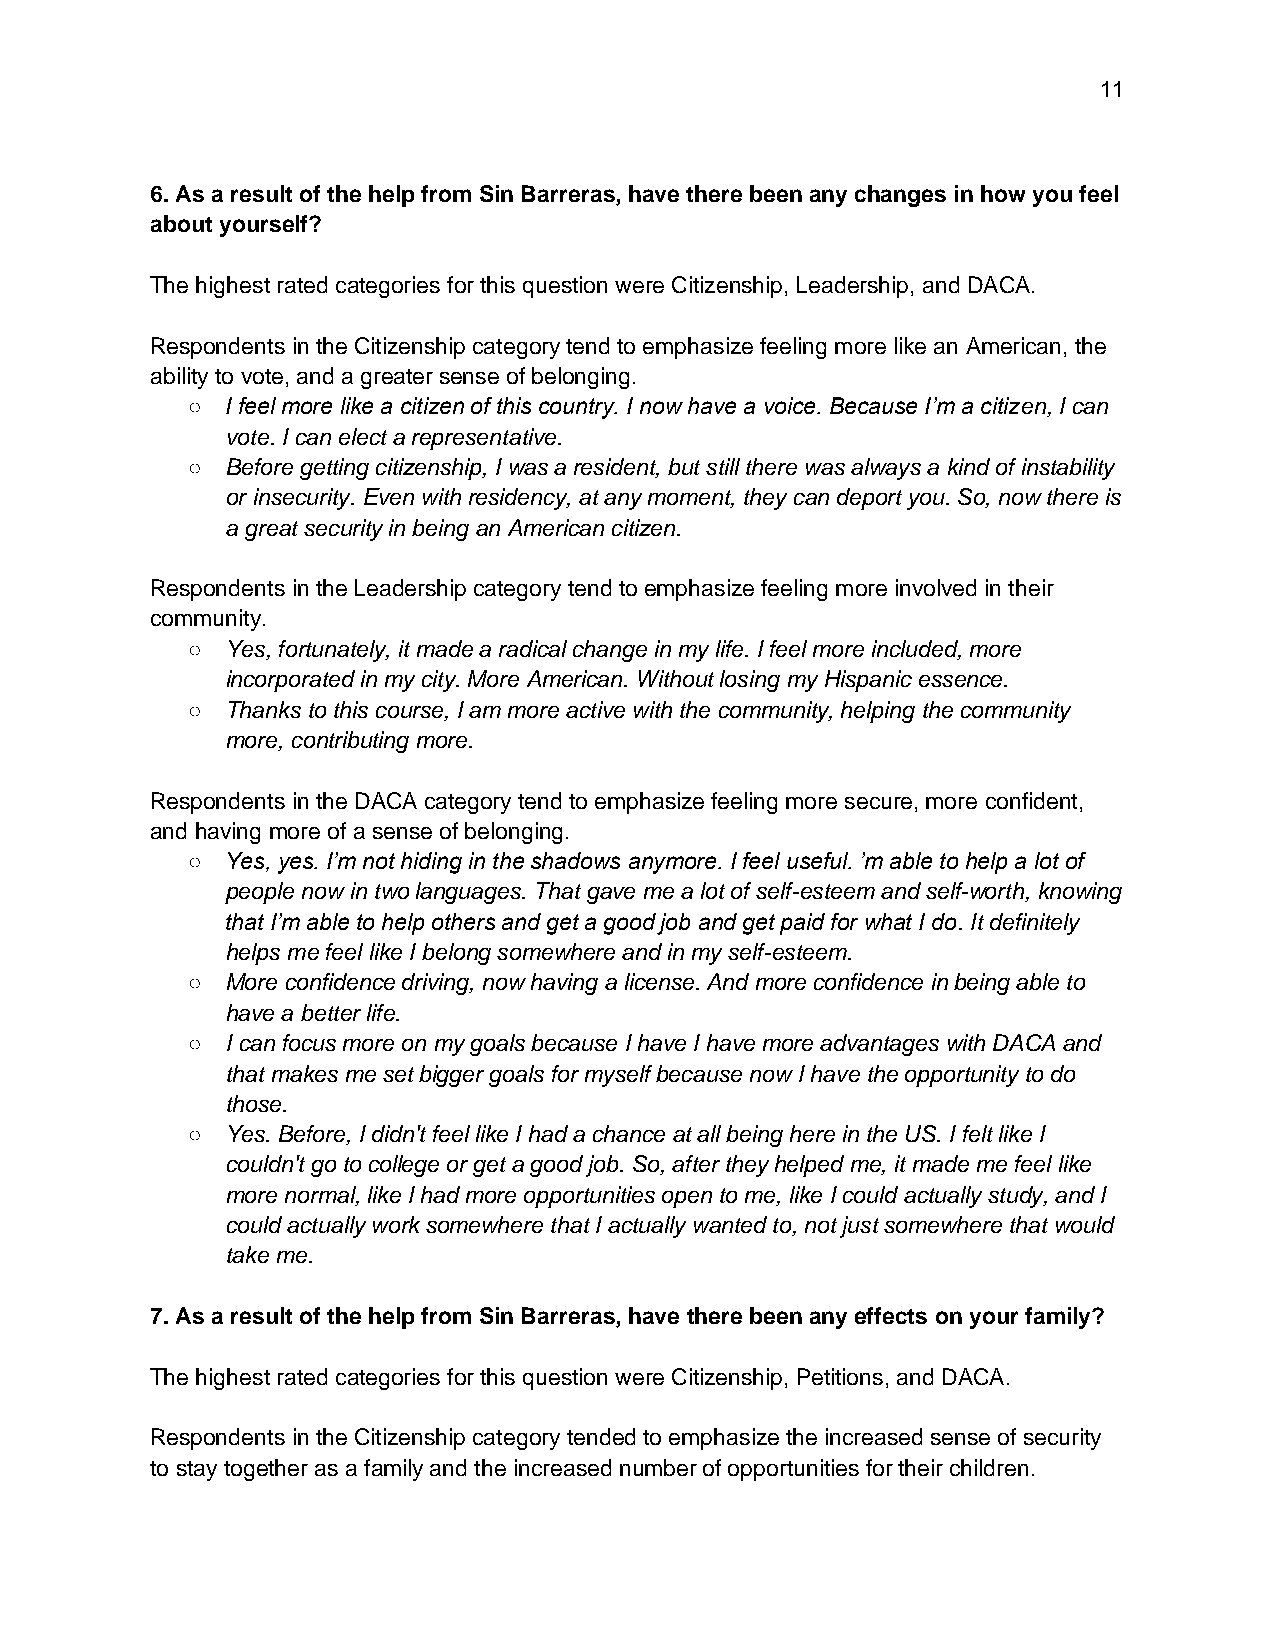
11
 6. As a result of the help from Sin Barreras, have there been any changes in how you feel
 about yourself?
 The highest rated categories for this question were Citizenship, Leadership, and DACA.
 Respondents in the Citizenship category tend to emphasize feeling more like an American, the
 ability to vote, and a greater sense of belonging.
 ○  I feel more like a citizen of this country. I now have a voice. Because I’m a citizen, I can
 vote. I can elect a representative.
 ○  Before getting citizenship, I was a resident, but still there was always a kind of instability
 or insecurity. Even with residency, at any moment, they can deport you. So, now there is
 a great security in being an American citizen.
 Respondents in the Leadership category tend to emphasize feeling more involved in their
 community.
 ○  Yes, fortunately, it made a radical change in my life. I feel more included, more
 incorporated in my city. More American. Without losing my Hispanic essence.
 ○  Thanks to this course, I am more active with the community, helping the community
 more, contributing more.
 Respondents in the DACA category tend to emphasize feeling more secure, more confident,
 and having more of a sense of belonging.
 ○  Yes, yes. I’m not hiding in the shadows anymore. I feel useful. ’m able to help a lot of
 people now in two languages. That gave me a lot of self-esteem and self-worth, knowing
 that I’m able to help others and get a good job and get paid for what I do. It definitely
 helps me feel like I belong somewhere and in my self-esteem.
 ○  More confidence driving, now having a license. And more confidence in being able to
 have a better life.
 ○  I can focus more on my goals because I have I have more advantages with DACA and
 that makes me set bigger goals for myself because now I have the opportunity to do
 those.
 ○  Yes. Before, I didn't feel like I had a chance at all being here in the US. I felt like I
 couldn't go to college or get a good job. So, after they helped me, it made me feel like
 more normal, like I had more opportunities open to me, like I could actually study, and I
 could actually work somewhere that I actually wanted to, not just somewhere that would
 take me.
 7. As a result of the help from Sin Barreras, have there been any effects on your family?
 The highest rated categories for this question were Citizenship, Petitions, and DACA.
 Respondents in the Citizenship category tended to emphasize the increased sense of security
 to stay together as a family and the increased number of opportunities for their children.